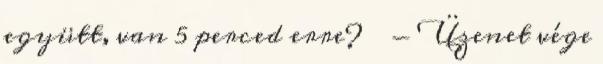
együtt, van 5 perced erre? █ - Üzenet vége